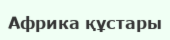
Африка құстары